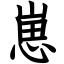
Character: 崽